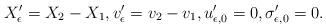
LaTeX: \begin{align*}X_\epsilon ' = X_2 - X_1, v_\epsilon ' = v_2 - v_1, u_{\epsilon, 0} ' = 0, \sigma_{\epsilon, 0} ' = 0.\end{align*}